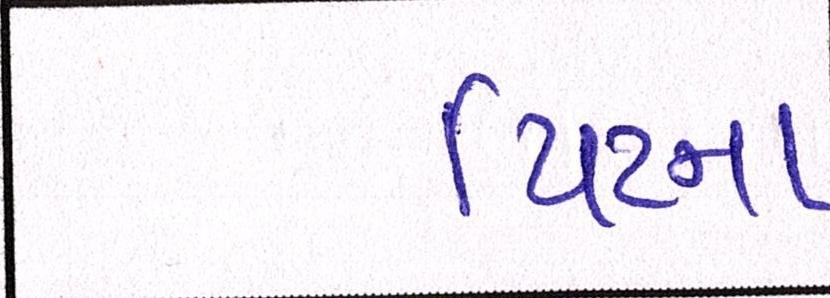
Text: પિટના